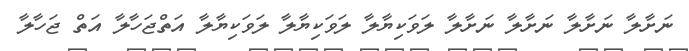
ނަށާލާ ނަށާލާ ނަށާލާ ނަށާލާ ލަވަކިޔާލާ ލަވަކިޔާލާ ލަވަކިޔާލާ އަތްޖަހާލާ އަތް ޖަހާލާ